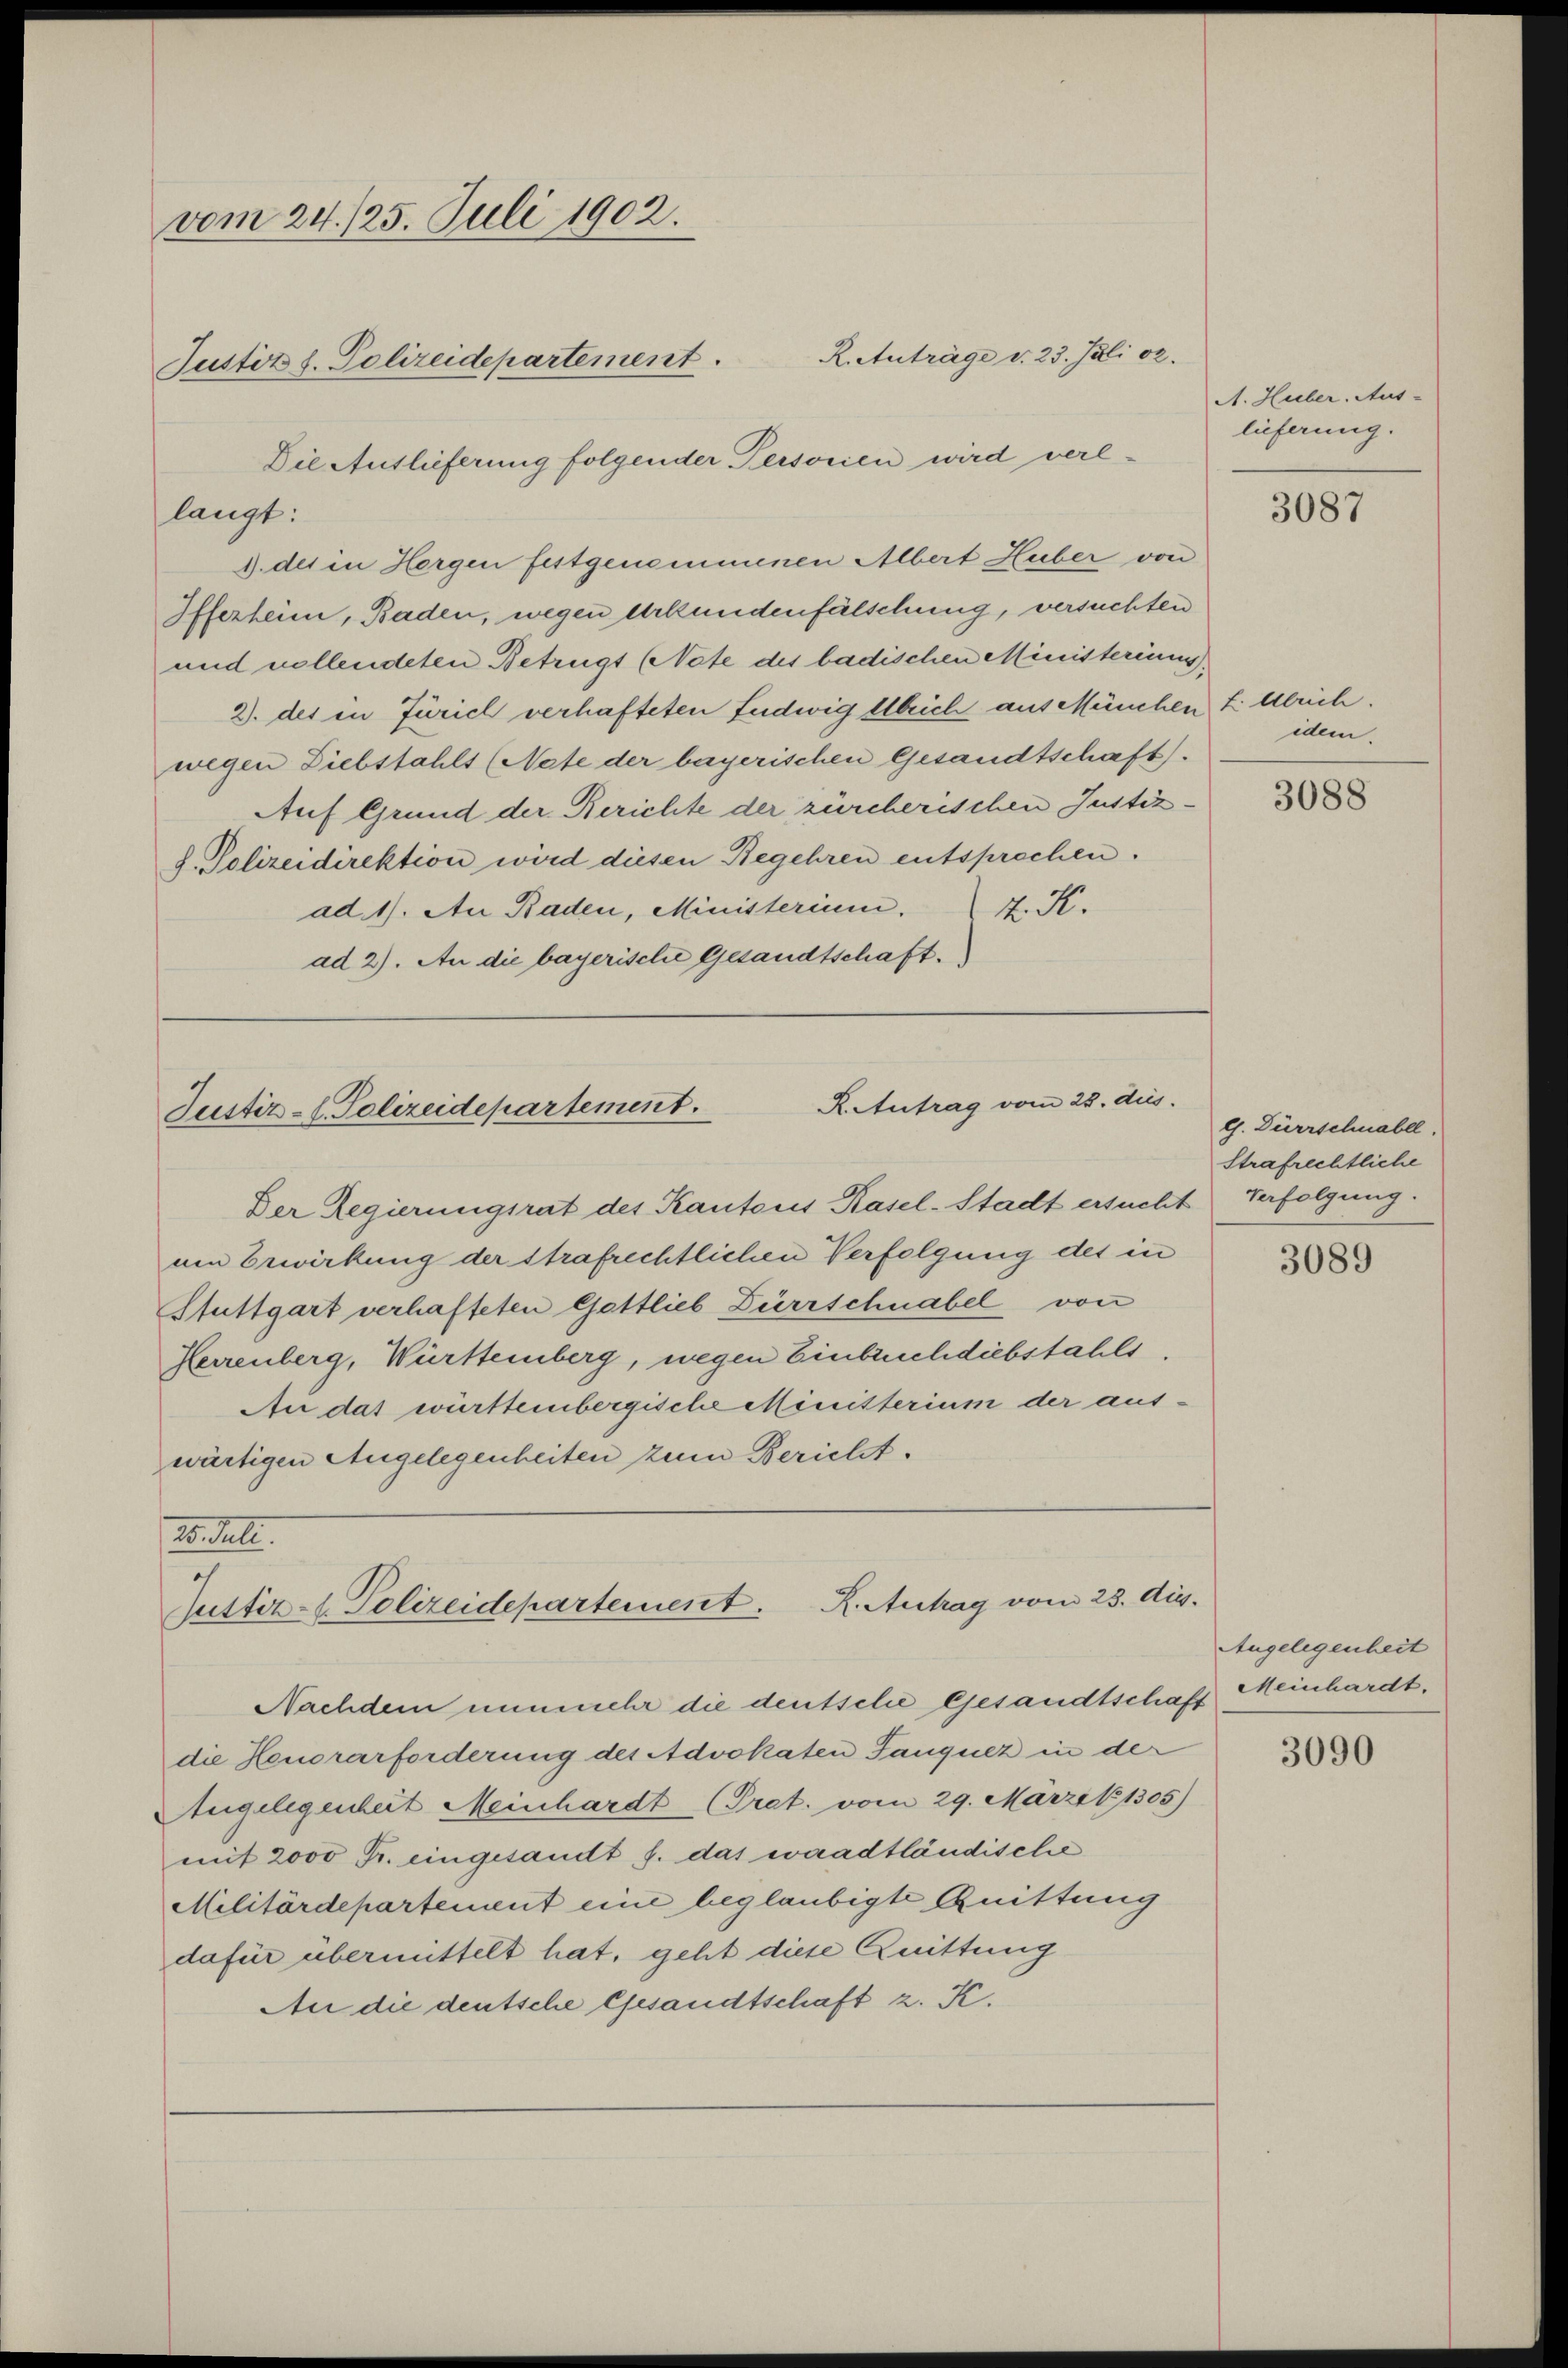
vom 24./25. Juli 1902.
Justiz d. Polizeidepartement.

langt:
1. der in Horgen festgenommenen Albert Huber von
Ifferheim, Baden, wegen Urkundenfälschung, versuchten
und vollendeten Betrugs (Note des badischen Ministeriums
2. des in Zürich verhafteten Ludwig Ulrich aus München fi Ulrich.
wegen Diebstahls (Nate der bayerischen Gesandtschaft).
Auf Grund der Berichte der zürcherischen Justizd. Polizeidirektion wird diesen Begehren entsprechen.
ad. 1. Au Baden, Ministerium. K.
ad 2). An die bayerische Gesandtschaft.

Die Auslieferung folgender Persorien wird verl¬

R. Anträge d. 23. Juli 2.

R. Antrag vom 28. dies
Justiz-C. Polizeidepartement.

Titel.
.
sustiz- 1. Polizeidepartement. K. Antrag vom 23. d.

Nachdem nunmehr die deutsche Gesandtschaft Meinhardt.

Der Regierungsrat des Kantons Kasel-Stadt ersucht Verfolgung.
am Erwirkung der strafrechtlichen Verfolgung des in
Stuttgart verhafteten Gottlieb Dürrschnabel von
Herrenberg, Württemberg, wegen Einbruchdiebstahls.
An das württembergische Ministerium der auswärtigen Angelegenheiten zum Bericht.

die Honorarforderung des Advokaten Tanquez in der
Angelegenheit Meinhardt (Prat. vom 29. Marzik 1305)
mit 2000 Fr. eingesandt s. das waadtländische
Militärdepartement eine beglaubigte Quittung
dafür übermittelt hat, geht diese Quittung
An die deutsche Gesandtschaft z. K.

A. Huber. Aus-
lieferung.

3087

idem.

3088

G. Dürrschnabel,
Strafrechtliche

3089

Angelegenheit

3090